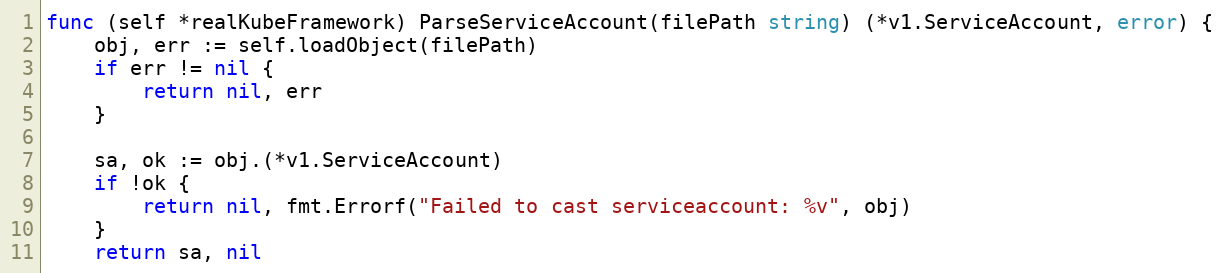
Language: Go
func (self *realKubeFramework) ParseServiceAccount(filePath string) (*v1.ServiceAccount, error) {
	obj, err := self.loadObject(filePath)
	if err != nil {
		return nil, err
	}

	sa, ok := obj.(*v1.ServiceAccount)
	if !ok {
		return nil, fmt.Errorf("Failed to cast serviceaccount: %v", obj)
	}
	return sa, nil